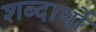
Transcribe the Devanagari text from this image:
शब्दार्थो